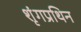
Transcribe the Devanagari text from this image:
शृंगप्रथिन